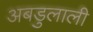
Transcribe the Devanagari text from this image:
अबडुलाली